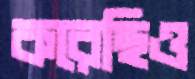
করেছিও